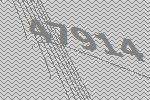
47914